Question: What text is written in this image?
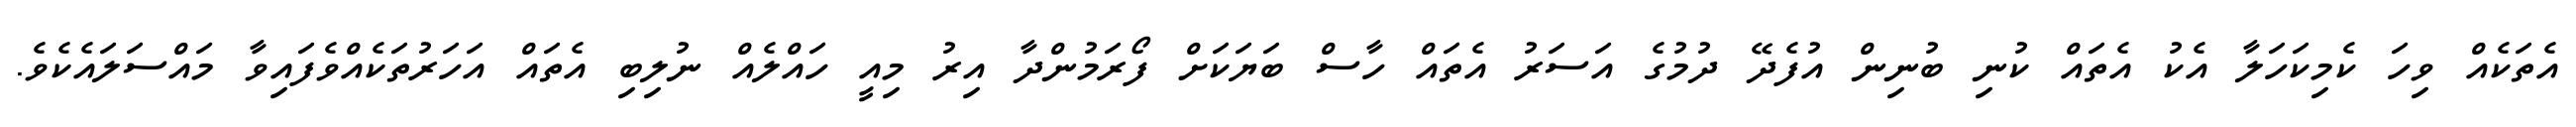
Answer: އެތަކެއް ވިހަ ކެމިކަހަލާ އެކު އެތައް ކުނި ބުނިން އުފެދޭ ދުމުގެ އަސަރު އެތައް ހާސް ބަޔަކަށް ފޯރަމުންދާ އިރު މިއީ ހައްލެއް ނުލިބި އެތައް އަހަރުތަކެއްވެފައިވާ މައްސަލައެކެވެ.